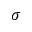
\sigma